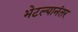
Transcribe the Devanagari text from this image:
भेटल्यानंतर